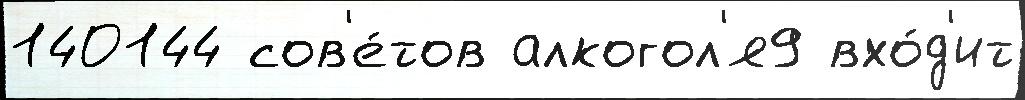
140144 сов'е́тов алкогол'я9 вхо́д'ит